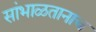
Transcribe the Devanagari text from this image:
सांभाळतानाच